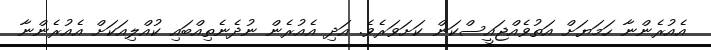
އެއުރެންނާ ހަމަޔަށް އަތުވެއްޖައީސްކަން ކަށަވަރެވެ. އަދި އެއުރެން ނުދެނެތިއްބައި ކުއްލިއަކަށް އެއުރެންނާ